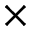
\times